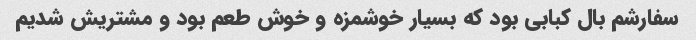
سفارشم بال کبابی بود که بسیار خوشمزه و خوش طعم بود و مشتریش شدیم